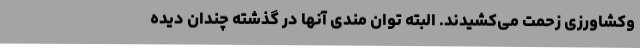
وکشاورزی زحمت می‌کشیدند. البته توان مندی آنها در گذشته چندان دیده